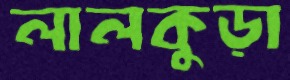
লালকুড়া